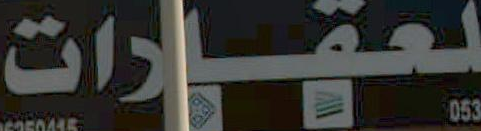
لعقارات